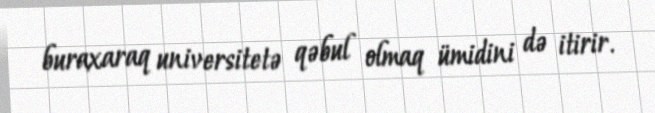
buraxaraq universitetə qəbul olmaq ümidini də itirir.